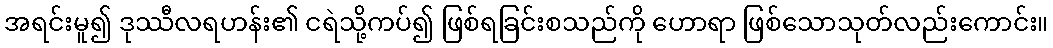
အရင်းမူ၍ ဒုဿီလရဟန်း၏ ငရဲသို့ကပ်၍ ဖြစ်ရခြင်းစသည်ကို ဟောရာ ဖြစ်သောသုတ်လည်းကောင်း။